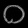
Digit: ၀